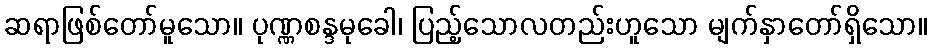
ဆရာဖြစ်တော်မူသော။ ပုဏ္ဏစန္ဒမုခေါ၊ ပြည့်သောလတည်းဟူသော မျက်နှာတော်ရှိသော။